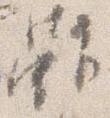
雖